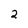
Character: 2